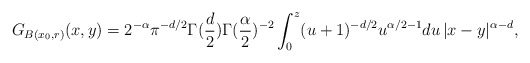
\begin{align*}G_{B(x_{0},r)}(x,y)=2^{-\alpha}\pi^{-d/2}\Gamma(\frac{d}{2})\Gamma(\frac{\alpha}{2})^{-2}\int_{0}^{z}(u+1)^{-d/2}u^{\alpha/2-1}du\,|x-y|^{\alpha-d},\end{align*}